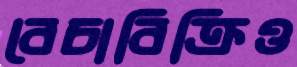
বেচাবিক্রিও